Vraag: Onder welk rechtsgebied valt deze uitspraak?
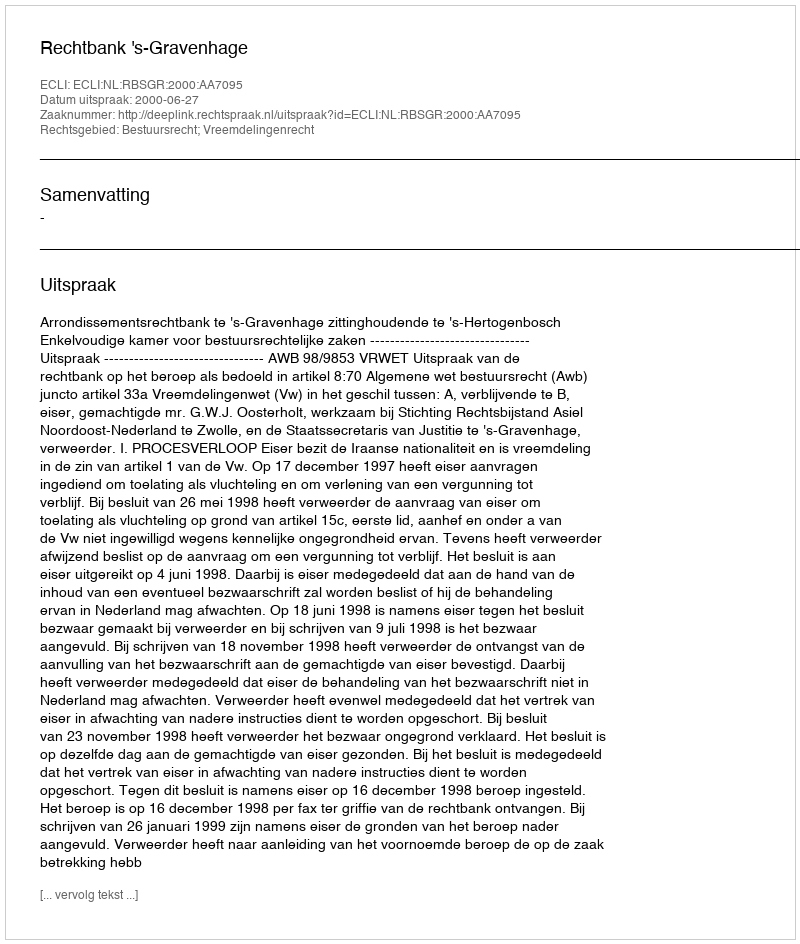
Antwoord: Bestuursrecht; Vreemdelingenrecht